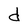
Character: d